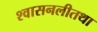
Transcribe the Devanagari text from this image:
श्वासनलीतथा